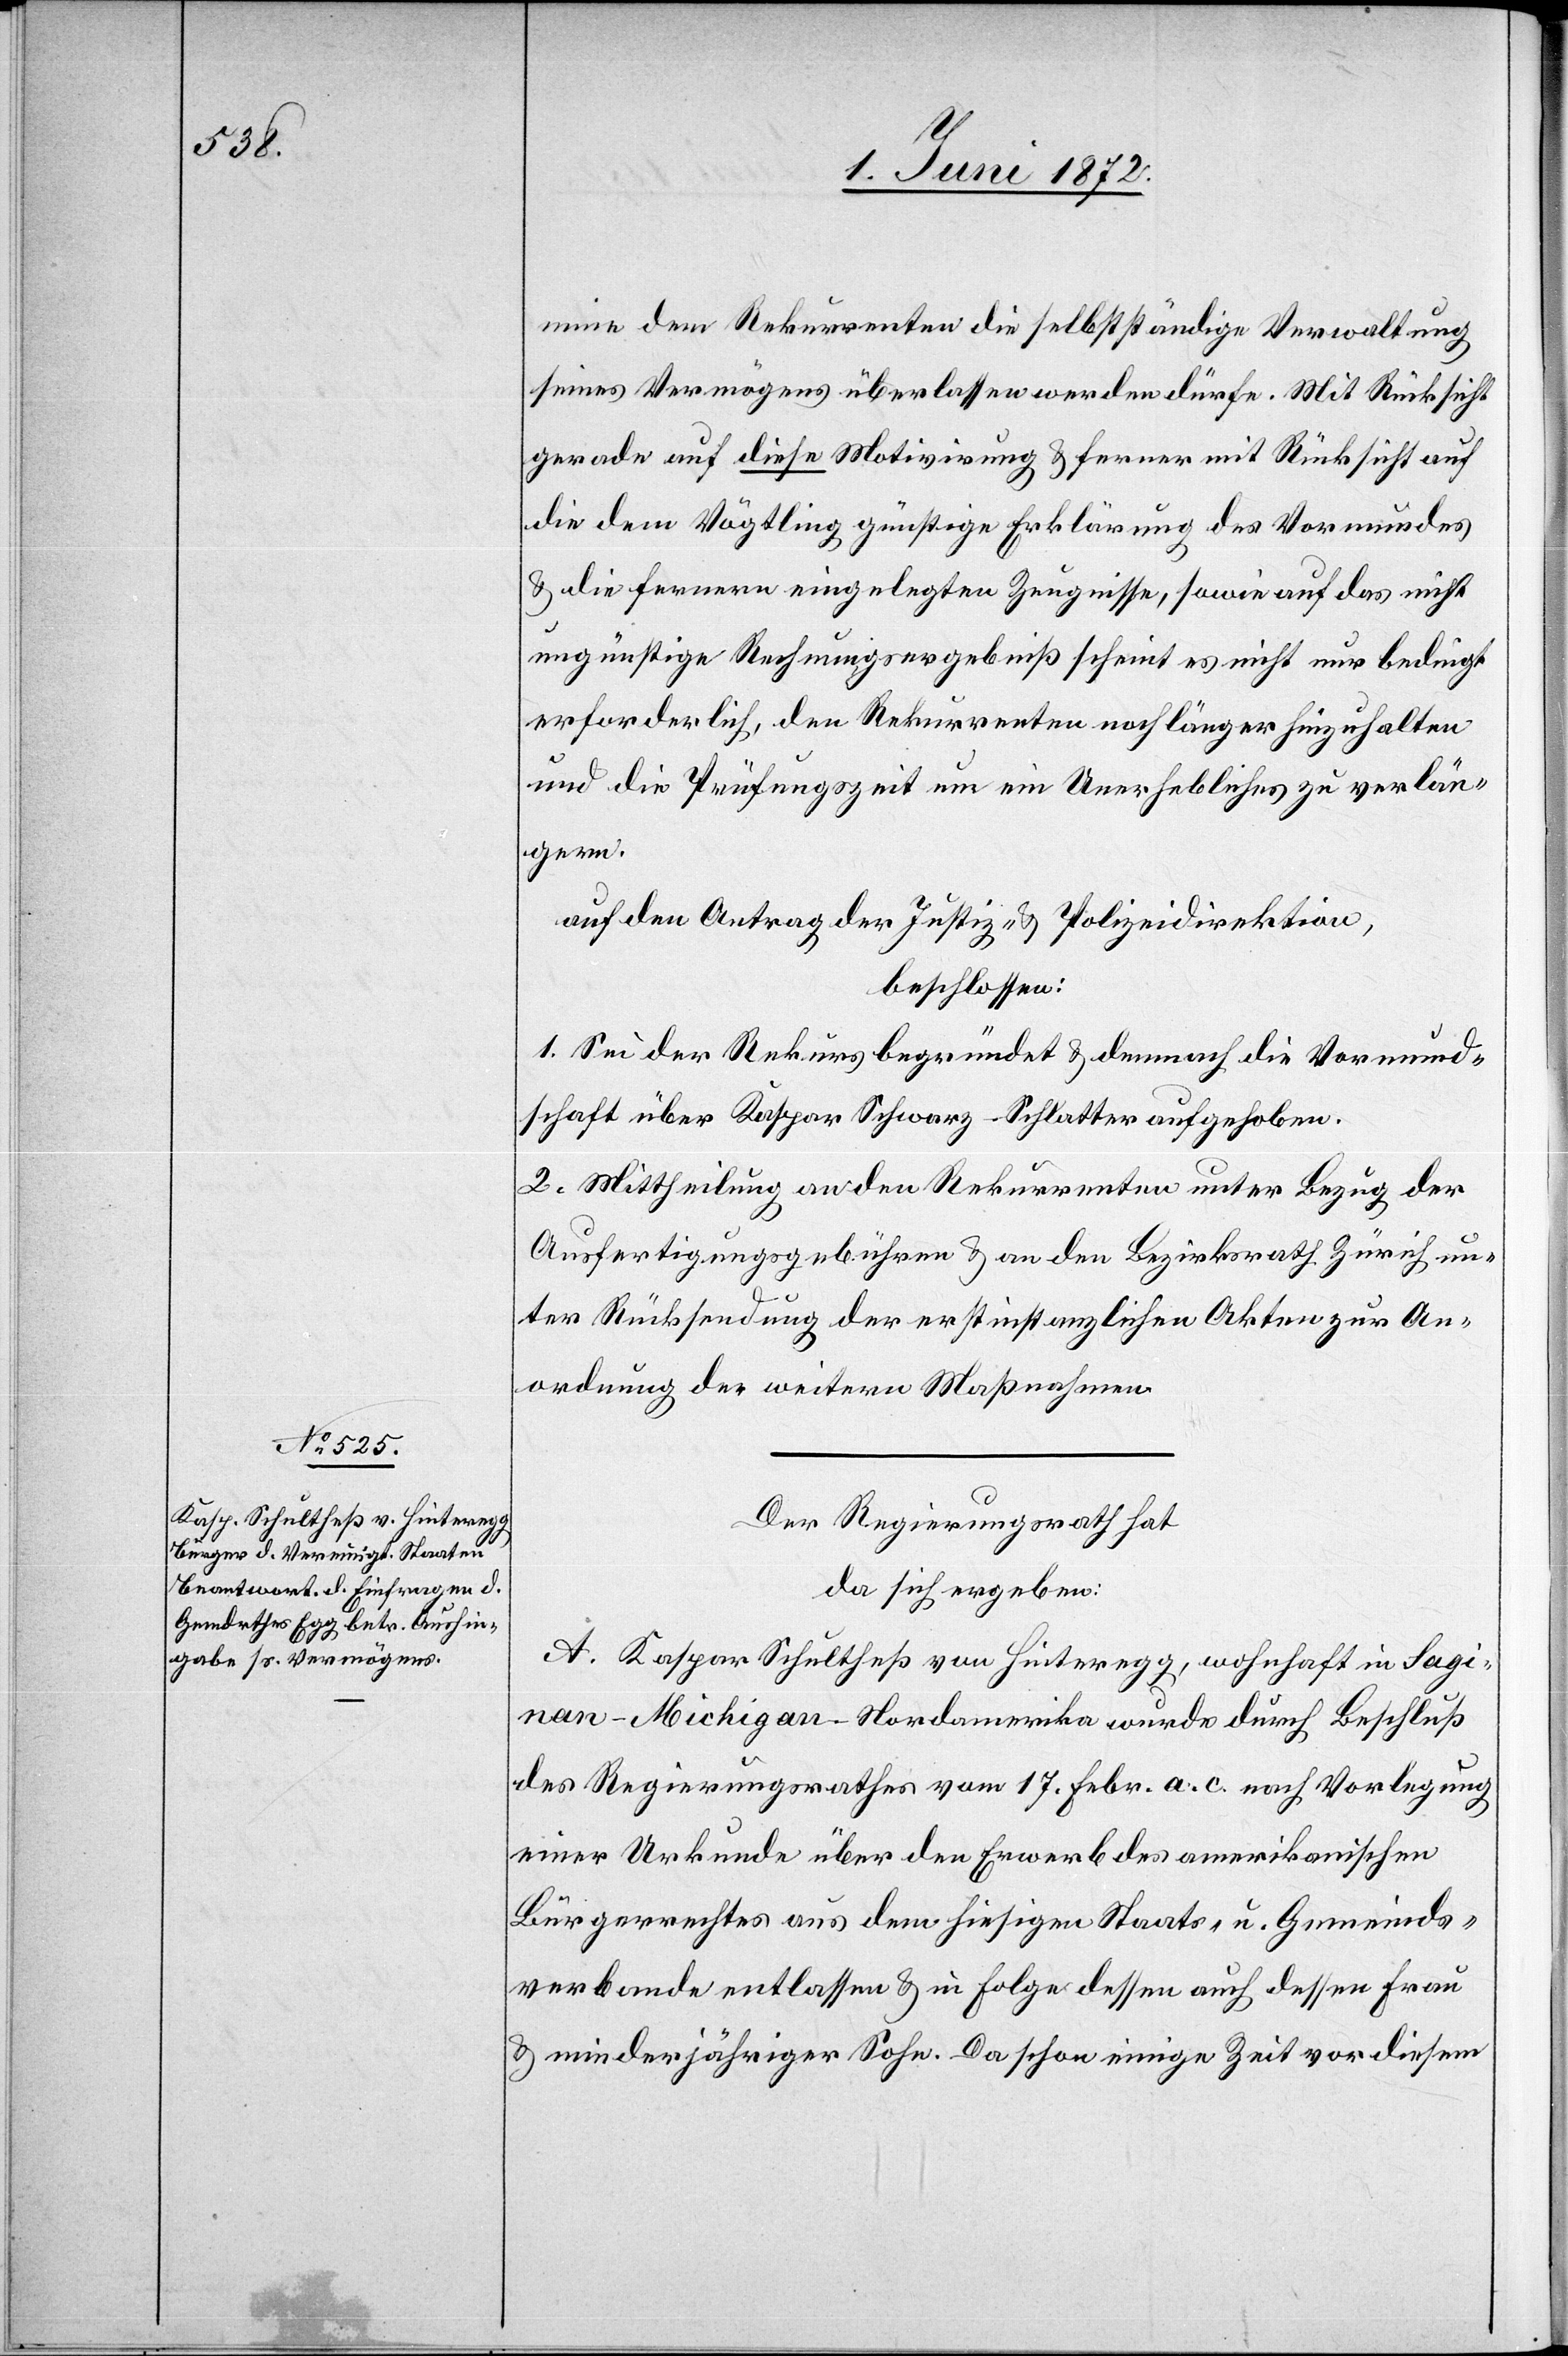
mine dem Rekurrenten die selbstständige Verwaltung
seines Vermögens überlassen werden dürfe. Mit Rücksicht
gerade auf diese Motivirung u. ferner mit Rücksicht auf
die dem Vögtling günstige Erklärung des Vormundes
u. die fernern eingelegten Zeugnisse, sowie auf das nicht
ungünstige Rechnungsergebniß scheint es nicht nur bedingt
erforderlich, den Rekurrenten noch länger hinzuhalten
und die Prüfungszeit um ein Unerhebliches zu verlän¬
gern.
auf den Antrag der Justiz- u. Polizeidirektion,
beschlossen:
1. Sei der Rekurs begründet u. demnach die Vormund¬
schaft über Kaspar Schwarz-Schlatter aufgehoben.
2. Mittheilung an den Rekurrenten unter Bezug der
Ausfertigungsgebühren u. an den Bezirksrath Zürich un¬
ter Rücksendung der erstinstanzlichen Akten zur An¬
ordnung der weitern Maßnahmen.
Der Regierungsrath hat
da sich ergeben:
A. Kaspar Schultheß von Hinteregg, wohnhaft in Sagi¬
nan-Michigan-Nordamerika[,] wurde durch Beschluß
des Regierungsrathes vom 17. Febr. a. c. nach Vorlegung
einer Urkunde über den Erwerb des amerikanischen
Bürgerrechtes aus dem hiesigen Staats- u. Gemeinds¬
verbande entlassen u. in Folge dessen auch dessen Frau
u. minderjähriger Sohn. Da schon einige Zeit vor diesem